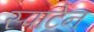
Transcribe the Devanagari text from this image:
स्पाटेन